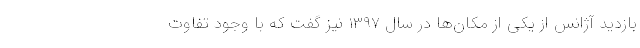
بازدید آژانس از یکی از مکان‌ها در سال ۱۳۹۷ نیز گفت که با وجود تفاوت